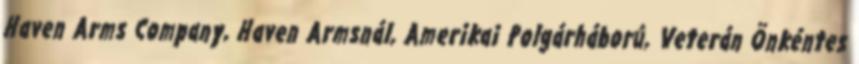
Haven Arms Company, Haven Armsnál, Amerikai Polgárháború, Veterán Önkéntes